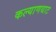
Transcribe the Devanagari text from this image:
कल्याणथाट